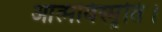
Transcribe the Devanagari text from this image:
आत्मविस्मृति।